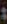
: